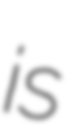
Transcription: is